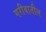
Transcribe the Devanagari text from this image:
गरीबातील